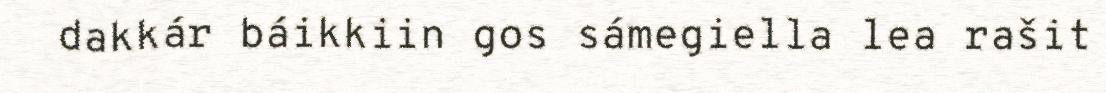
dakkár báikkiin gos sámegiella lea rašit